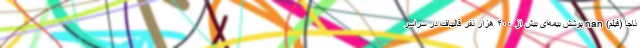
ناجا (فیلم) nan پوشش بیمه‌ای بیش از ۴۰۰ هزار نفر قالیباف در سراسر